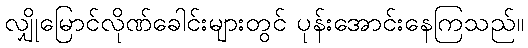
လျှိုမြောင်လိုဏ်ခေါင်းများတွင် ပုန်းအောင်းနေကြသည်။